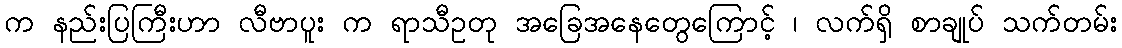
က နည်းပြကြီးဟာ လီဗာပူး က ရာသီဥတု အခြေအနေတွေကြောင့် ၊ လက်ရှိ စာချုပ် သက်တမ်း